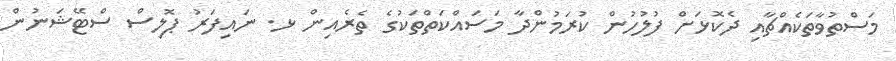
މަސްތުވާތަކެއްޗާއި ދެކޮޅަށް ފުލުހުން ކުރަމުންދާ މަސައްކަތްތަކުގެ ތެރެއިން ޅ. ނައިފަރު ޕޮލިސް ސްޓޭޝަނުން